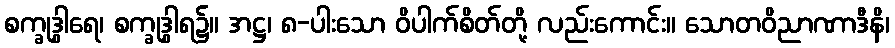
စက္ခုဒွါရေ၊ စက္ခုဒွါရ၌။ အဋ္ဌ၊ ၈-ပါးသော ဝိပါက်စိတ်တို့ လည်းကောင်း။ သောတဝိညာဏာဒီနိ၊